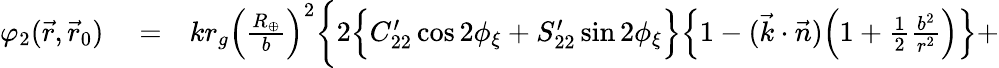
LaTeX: \begin{array}{rlr}{\varphi_{2}(\vec{r},\vec{r}_{0})}&{{}=}&{kr_{g}\Big(\frac{R_{\oplus}}{b}\Big)^{2}\bigg\{ 2\Big\{ C_{22}^{\prime}\cos 2\phi_{\xi}+S_{22}^{\prime}\sin 2\phi_{\xi}\Big\} \Big\{ 1-({\vec{k}}\cdot{\vec{n}})\Big(1+{\textstyle\frac{1}{2}}\frac{b^{2}}{r^{2}}\Big)\Big\} +}\end{array}